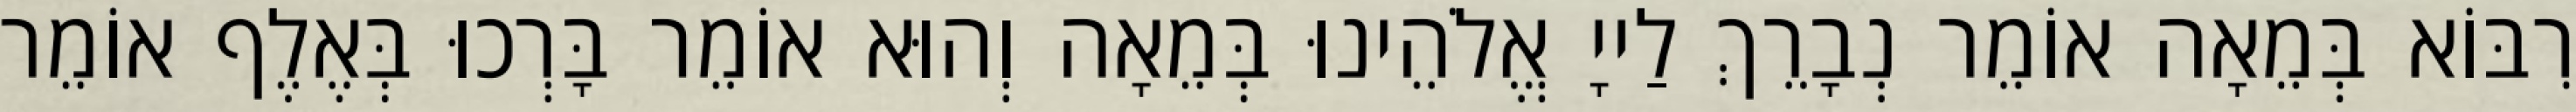
רִבּוֹא בְּמֵאָה אוֹמֵר נְבָרֵךְ לַייָ אֱלֹהֵינוּ בְּמֵאָה וְהוּא אוֹמֵר בָּרְכוּ בְּאֶלֶף אוֹמֵר